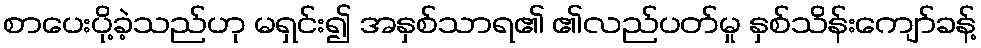
စာပေးပို့ခဲ့သည်ဟု မရှင်း၍ အနှစ်သာရ၏ ၏လည်ပတ်မှု နှစ်သိန်းကျော်ခန့်